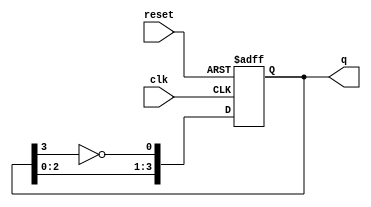
module johnson_counter (
    input wire clk,       // Clock input
    input wire reset,     // Asynchronous reset
    output reg [3:0] q    // 4-bit output
);

    parameter N = 4; // Number of flip-flops

    always @(posedge clk or posedge reset) begin
        if (reset) begin
            q <= 4'b0000; // Initialize to 0 on reset
        end else begin
            // Johnson counter logic
            q[0] <= ~q[N-1]; // Inverted output of the last flip-flop
            q[1] <= q[0];    // Shift right
            q[2] <= q[1];    // Shift right
            q[3] <= q[2];    // Shift right
        end
    end

endmodule